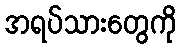
အရပ်သားတွေကို